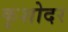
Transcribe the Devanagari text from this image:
कृशोदर